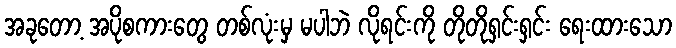
အခုတော့ အပိုစကားတွေ တစ်လုံးမှ မပါဘဲ လိုရင်းကို တိုတိုရှင်းရှင်း ရေးထားသော